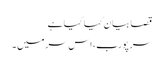
قصا بیان کیا گیا ہے
سر پورب، اس سر میں ۔